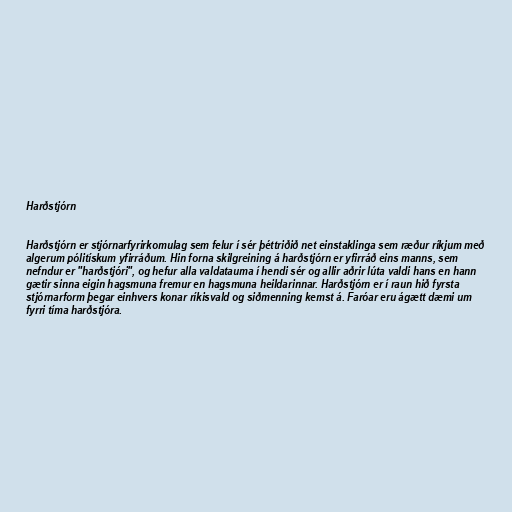
Harðstjórn

Harðstjórn er stjórnarfyrirkomulag sem felur í sér þéttriðið net einstaklinga sem ræður ríkjum með
algerum pólitískum yfirráðum. Hin forna skilgreining á harðstjórn er yfirráð eins manns, sem
nefndur er "harðstjóri", og hefur alla valdatauma í hendi sér og allir aðrir lúta valdi hans en hann
gætir sinna eigin hagsmuna fremur en hagsmuna heildarinnar. Harðstjórn er í raun hið fyrsta
stjórnarform þegar einhvers konar ríkisvald og siðmenning kemst á. Faróar eru ágætt dæmi um
fyrri tíma harðstjóra.